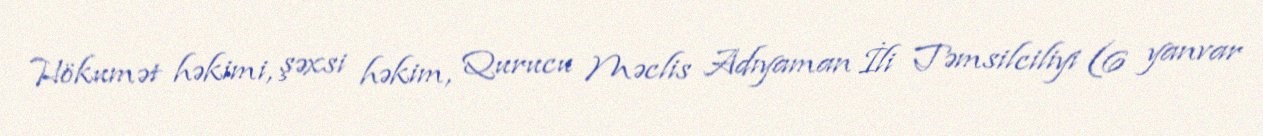
Hökumət həkimi, şəxsi həkim, Qurucu Məclis Adıyaman İli Təmsilciliyi (6 yanvar